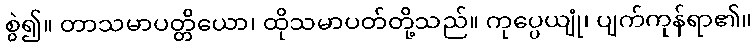
စွဲ၍။ တာသမာပတ္တိယော၊ ထိုသမာပတ်တို့သည်။ ကုပ္ပေယျုံ၊ ပျက်ကုန်ရာ၏။